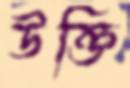
উক্তি